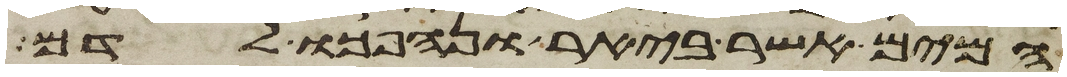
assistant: המים אשר ביאר ונהפכו לדם